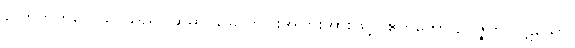
လောဘကိလေသာသည်။ ဆဓာ၊ ခြောက်ပါးအပြားအားဖြင့်။ ဧကတော ဥပ္ပဇ္ဇတိ၊ ပဋိဃော၊